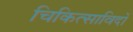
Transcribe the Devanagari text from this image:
चिकित्साविदों